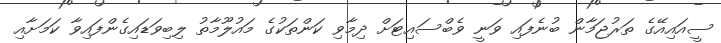
ސީއައިއޭގެ ތަރުޖަމާން ބުނެފައި ވަނީ ވެބްސައިޓަށް ދިމާވި ކަންތަކުގެ މައުލޫމާތު ލިބިވަޑައިގެންފައިވާ ކަމަށާއި